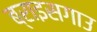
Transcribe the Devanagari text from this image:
ब्राइसगाउ